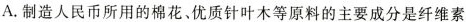
A.制造人民币所用的棉花、优质针叶木等原料的主要成分是纤维素